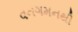
વનગમનથી